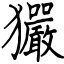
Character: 玁